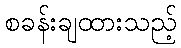
စခန်းချထားသည့်